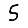
Digit: 5